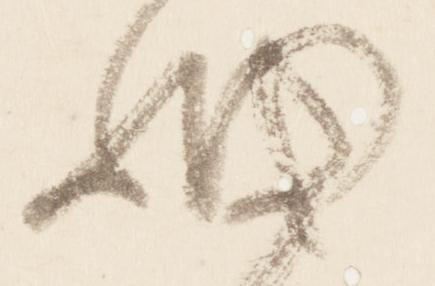
細